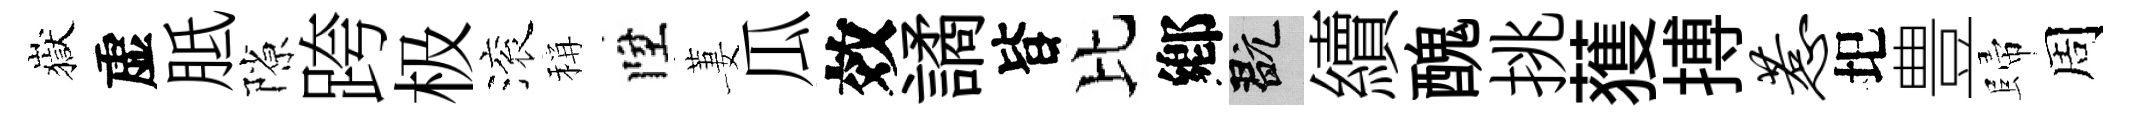
嶽虚胝隙跨极滚稱陞萋瓜效譎𣅜比鄕玩續醜挑𫉬搏惹圯豊歸周